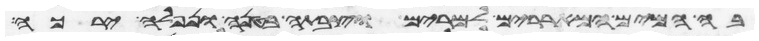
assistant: בה המים המאררים למרים וצבתה בטנה ונפלה ירכה